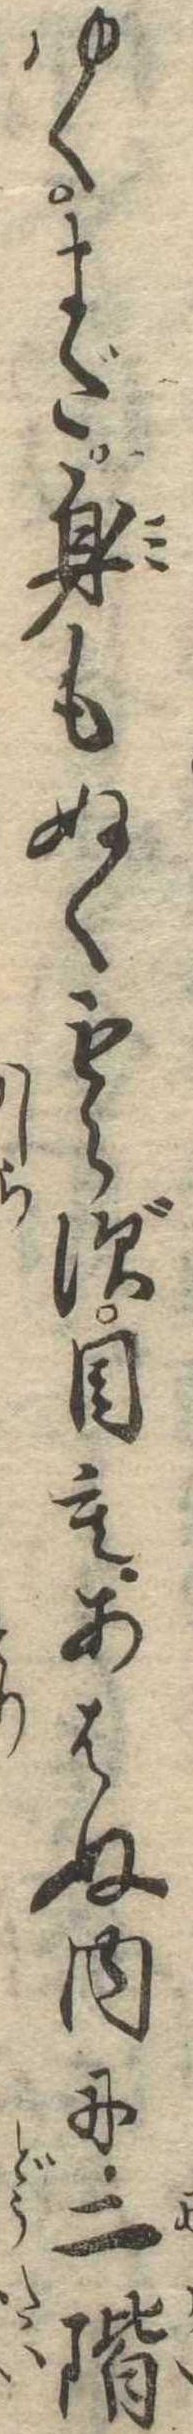
ゆくまだ身もぬくもらず目もあはぬ内に二階